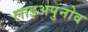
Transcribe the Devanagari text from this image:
लाइअपुनोव